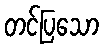
တင်ပြသော